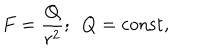
F = { \frac { Q } { r ^ { 2 } } } ; ~ ~ Q = \mathrm { c o n s t } ,